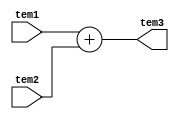
`timescale 1ns / 1ps

module add #(
    parameter total_bits = 16,
    parameter fraction_bits = 12)(
    input [total_bits - 1:0] tem1,
    input [total_bits - 1:0] tem2,
    output [total_bits - 1:0] tem3
    );
    
    assign tem3 = tem1 + tem2;

endmodule